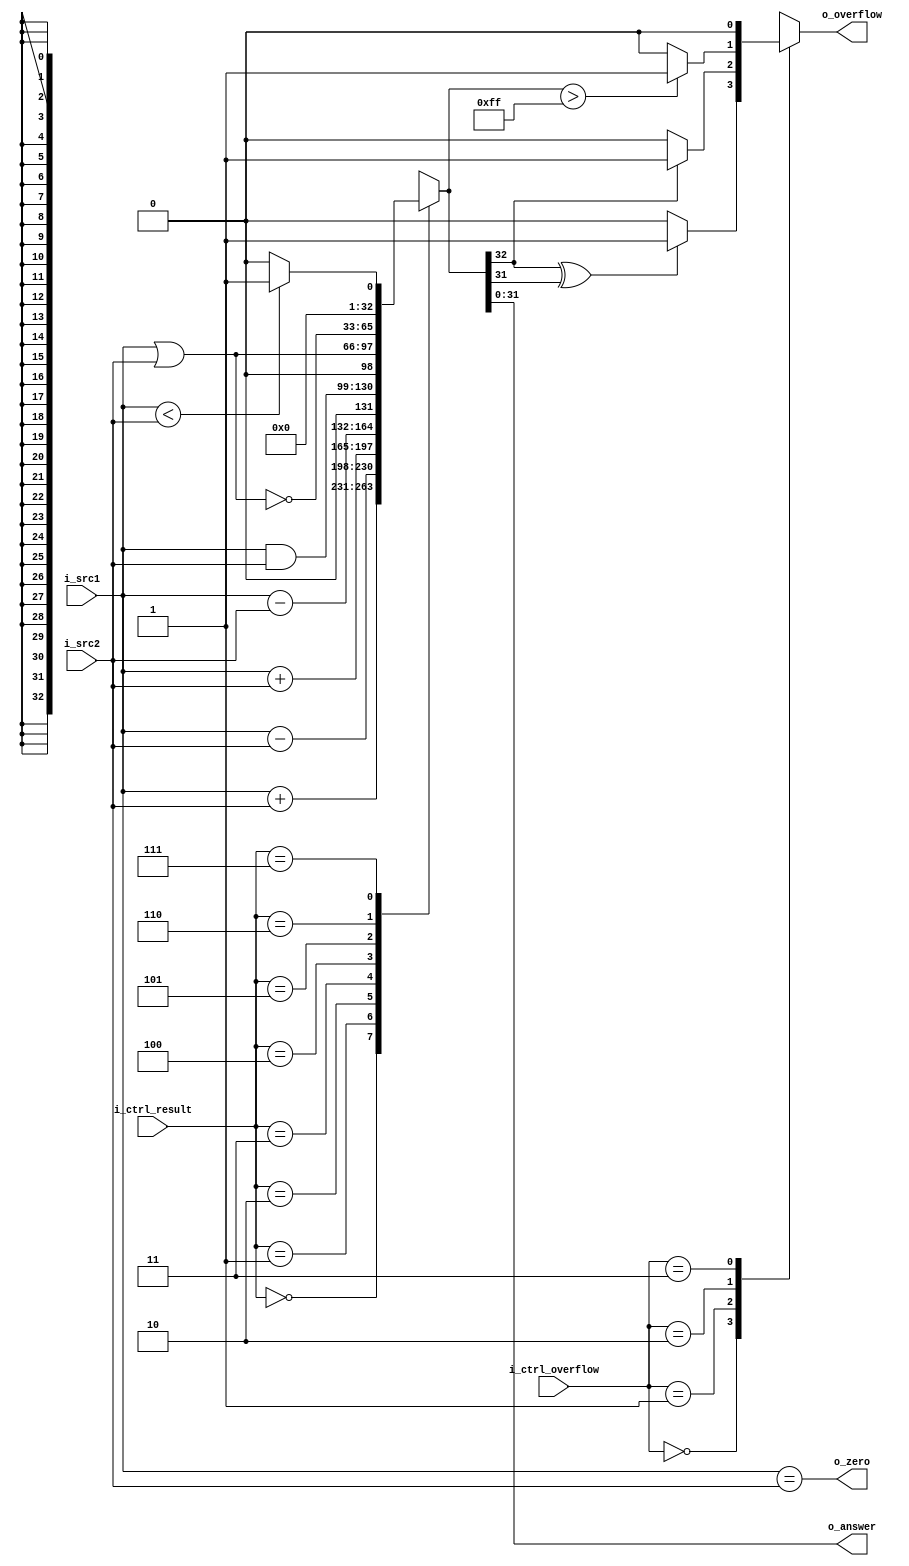
module ALU(
  input [31:0] i_src1,
  input [31:0] i_src2,
  input [2:0] i_ctrl_result,
  input [1:0] i_ctrl_overflow,
  
  output [31:0] o_answer,
  output reg o_overflow,
  output o_zero
);
  
  reg [32:0] answer_temp;
  
  assign o_answer = answer_temp[31:0];
  assign o_zero = (i_src1==i_src2);
  
  always@(*)begin
    case(i_ctrl_result)
      3'd0:answer_temp = $signed(i_src1) + $signed(i_src2);
      3'd1:answer_temp = $signed(i_src1) - $signed(i_src2);
      3'd2:answer_temp = i_src1 + i_src2;
      3'd3:answer_temp = $signed({1'b0, i_src1}) - $signed({1'b0, i_src2});
      3'd4:answer_temp = i_src1 & i_src2;
      3'd5:answer_temp = i_src1 | i_src2;
      3'd6:answer_temp = ~(i_src1 | i_src2);
      3'd7:answer_temp = ($signed(i_src1)<$signed(i_src2))?33'd1:33'd0;
      default:answer_temp = $signed(i_src1) + $signed(i_src2);
    endcase
  end
  
  always@(*)begin
    case(i_ctrl_overflow)
      2'd0:o_overflow = (answer_temp[32] ^ answer_temp[31])?1'b1:1'b0;
      2'd1:o_overflow = (answer_temp[32])?1'b1:1'b0;
      2'd2:o_overflow = (answer_temp>33'd255)?1'b1:1'b0;
      2'd3:o_overflow = 1'b0;
      default:o_overflow = 1'b0;
    endcase
  end
  
  /*
  always@(*)begin
    case(i_opcode)
      6'd1 :begin
        answer_temp = $signed(i_src1) + $signed(i_src2);
        o_overflow = (answer_temp[32] ^ answer_temp[31])?1'b1:1'b0;
      end
      6'd2 :begin
        answer_temp = $signed(i_src1) - $signed(i_src2);
        o_overflow = (answer_temp[32] ^ answer_temp[31])?1'b1:1'b0;
      end
      6'd3 :begin
        answer_temp = i_src1 + i_src2;
        o_overflow = (answer_temp[32])?1'b1:1'b0;
      end
      6'd4 :begin
        answer_temp = $signed({1'b0, i_src1}) - $signed({1'b0, i_src2});
        o_overflow = (answer_temp[32])?1'b1:1'b0;
      end
      6'd5 :begin
        answer_temp = $signed(i_src1) + $signed(i_src2);
        o_overflow = (answer_temp[32] ^ answer_temp[31])?1'b1:1'b0;
      end
      6'd6 :begin
        answer_temp = i_src1 + i_src2;
        o_overflow = (answer_temp>32'd255)?1'b1:1'b0;
      end
      6'd7 :begin
        answer_temp = i_src1 + i_src2;
        o_overflow = (answer_temp>32'd255)?1'b1:1'b0; 
      end
      6'd8 :begin
        answer_temp = i_src1 & i_src2;
        o_overflow = 1'b0;
      end
      6'd9 :begin
        answer_temp = i_src1 | i_src2;
        o_overflow = 1'b0;
      end
      6'd10:begin
        answer_temp = ~(i_src1 | i_src2);
        o_overflow = 1'b0;
      end
      6'd13:begin
        answer_temp = ($signed(i_src1)<$signed(i_src2))?33'd1:33'd0;
        o_overflow = 1'b0;
      end
      default:begin
        answer_temp = i_src1;
        o_overflow = 1'b0;
      end
    endcase
  end
  */
endmodule